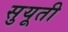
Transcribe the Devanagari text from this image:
सुयूती